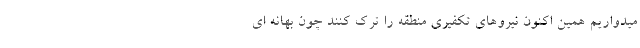
میدواریم همین اکنون نیروهای تکفیری منطقه را ترک کنند چون بهانه ای